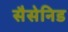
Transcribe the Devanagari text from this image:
सैसेनिड